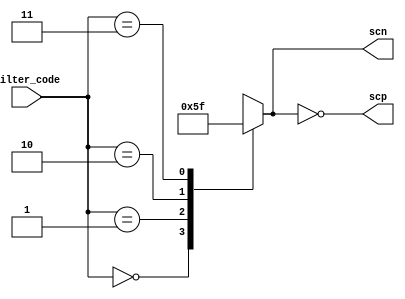
// SPDX-License-Identifier: Apache-2.0
// Copyright (C) 2019 Intel Corporation. 
//------------------------------------------------------------------------
//
// Revision:    $Revision: #1 $
//------------------------------------------------------------------------
// Description: 16 phase interpolator min
//
//------------------------------------------------------------------------

module io_filter_dec (
input	   [1:0] filter_code,      // 00 = 1.6 GHz, 01 = 1.2 GHz, 10 = 1.0 GHz, 11 = 0.8 GHz
output	   [3:1] scp,     
output reg [3:1] scn     
);

//filter code decode

always @(*)
  case (filter_code[1:0])
    2'b00 :  scn[3:1] = 3'b000;
    2'b01 :  scn[3:1] = 3'b001;
    2'b10 :  scn[3:1] = 3'b011;
    2'b11 :  scn[3:1] = 3'b111;
  endcase
assign scp[3:1] = ~scn[3:1];

endmodule